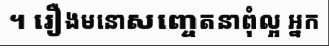
។ រឿងមនោសញ្ចេតនាពុំល្អ អ្នក